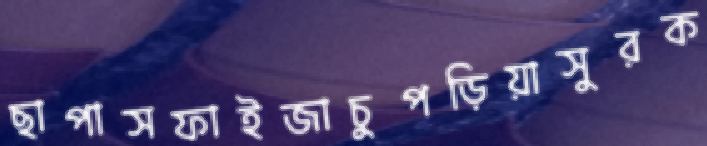
ছাপাসফাইজাচুপড়িয়াসুরক